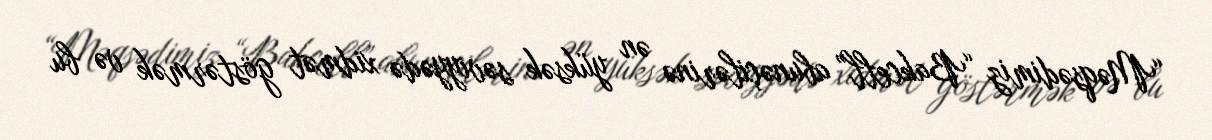
“Məqsədimiz “Bakcell” abunəçilərinə ən yüksək səviyyədə xidmət göstərmək və bu